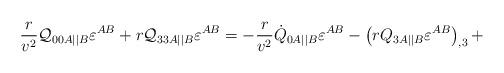
LaTeX: \begin{align*}\frac r{v^2}{\cal Q}_{00A||B}\varepsilon^{AB} +r{\cal Q}_{33A||B}\varepsilon^{AB}= -\frac r{v^2}\dot Q_{0A||B}\varepsilon^{AB} -\left( r{Q}_{3A||B}\varepsilon^{AB} \right)_{,3} +\end{align*}